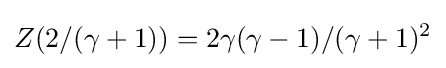
Z(2/(\gamma +1))=2\gamma (\gamma -1)/(\gamma +1)^{2}